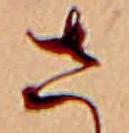
さ